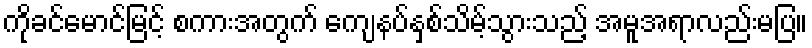
ကိုခင်မောင်မြင့် စကားအတွက် ကျေနပ်နှစ်သိမ့်သွားသည့် အမူအရာလည်းမပြ။